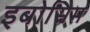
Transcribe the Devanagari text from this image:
इबोसिम